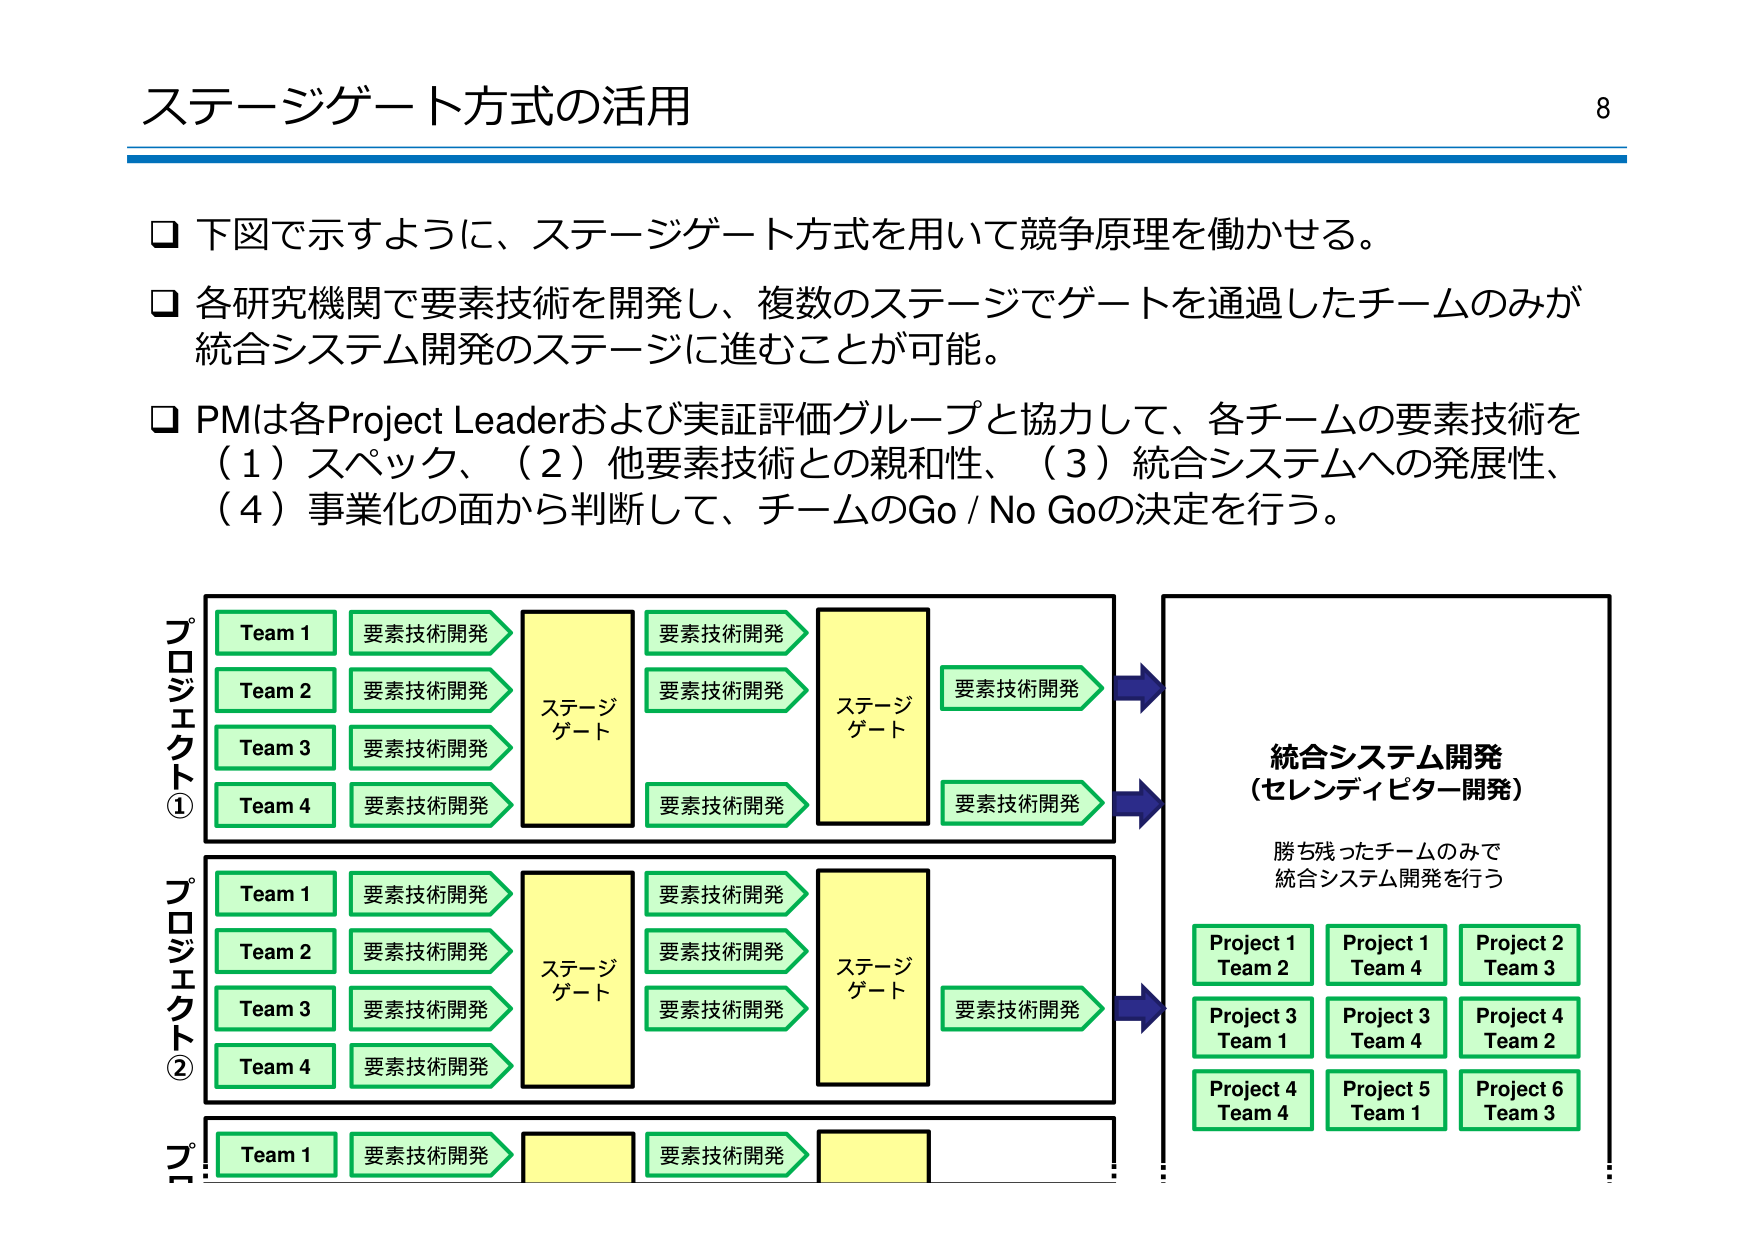
ステージゲート方式の活用

□ 下図で示すように、ステージゲート方式を用いて競争原理を働かせる。
□ 各研究機関で要素技術を開発し、複数のステージでゲートを通過したチームのみが
　統合システム開発のステージに進むことが可能。
□ PMは各Project Leaderおよび実証評価グループと協力して、各チームの要素技術を
　（1）スペック、（2）他要素技術との親和性、（3）統合システムへの発展性、
　（4）事業化の面から判断して、チームのGo / No Goの決定を行う。

プロジェクト①
Team 1　要素技術開発　→　ステージゲート　→　要素技術開発　→　ステージゲート　→　要素技術開発
Team 2　要素技術開発　→　　　　　　　　　→　要素技術開発　→　　　　　　　　　→　要素技術開発
Team 3　要素技術開発　→　　　　　　　　　→　要素技術開発　→　　　　　　　　　→　要素技術開発
Team 4　要素技術開発　→　　　　　　　　　→　要素技術開発　→　　　　　　　　　→　要素技術開発

プロジェクト②
Team 1　要素技術開発　→　ステージゲート　→　要素技術開発　→　ステージゲート　→　要素技術開発
Team 2　要素技術開発　→　　　　　　　　　→　要素技術開発　→　　　　　　　　　→　要素技術開発
Team 3　要素技術開発　→　　　　　　　　　→　要素技術開発　→　　　　　　　　　→　要素技術開発
Team 4　要素技術開発　→　　　　　　　　　→　要素技術開発　→　　　　　　　　　→　要素技術開発

プロジェクト③
Team 1　要素技術開発　→　　　　　　　　　→　要素技術開発　→　　　　　　　　　→　

統合システム開発
（セレンディピター開発）

勝ち残ったチームのみで
統合システム開発を行う

Project 1 Team 2
Project 1 Team 4
Project 2 Team 3
Project 3 Team 1
Project 3 Team 4
Project 4 Team 2
Project 4 Team 4
Project 5 Team 1
Project 6 Team 3

8